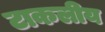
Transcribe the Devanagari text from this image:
टाकलीय